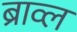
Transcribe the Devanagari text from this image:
ब्राव्ल